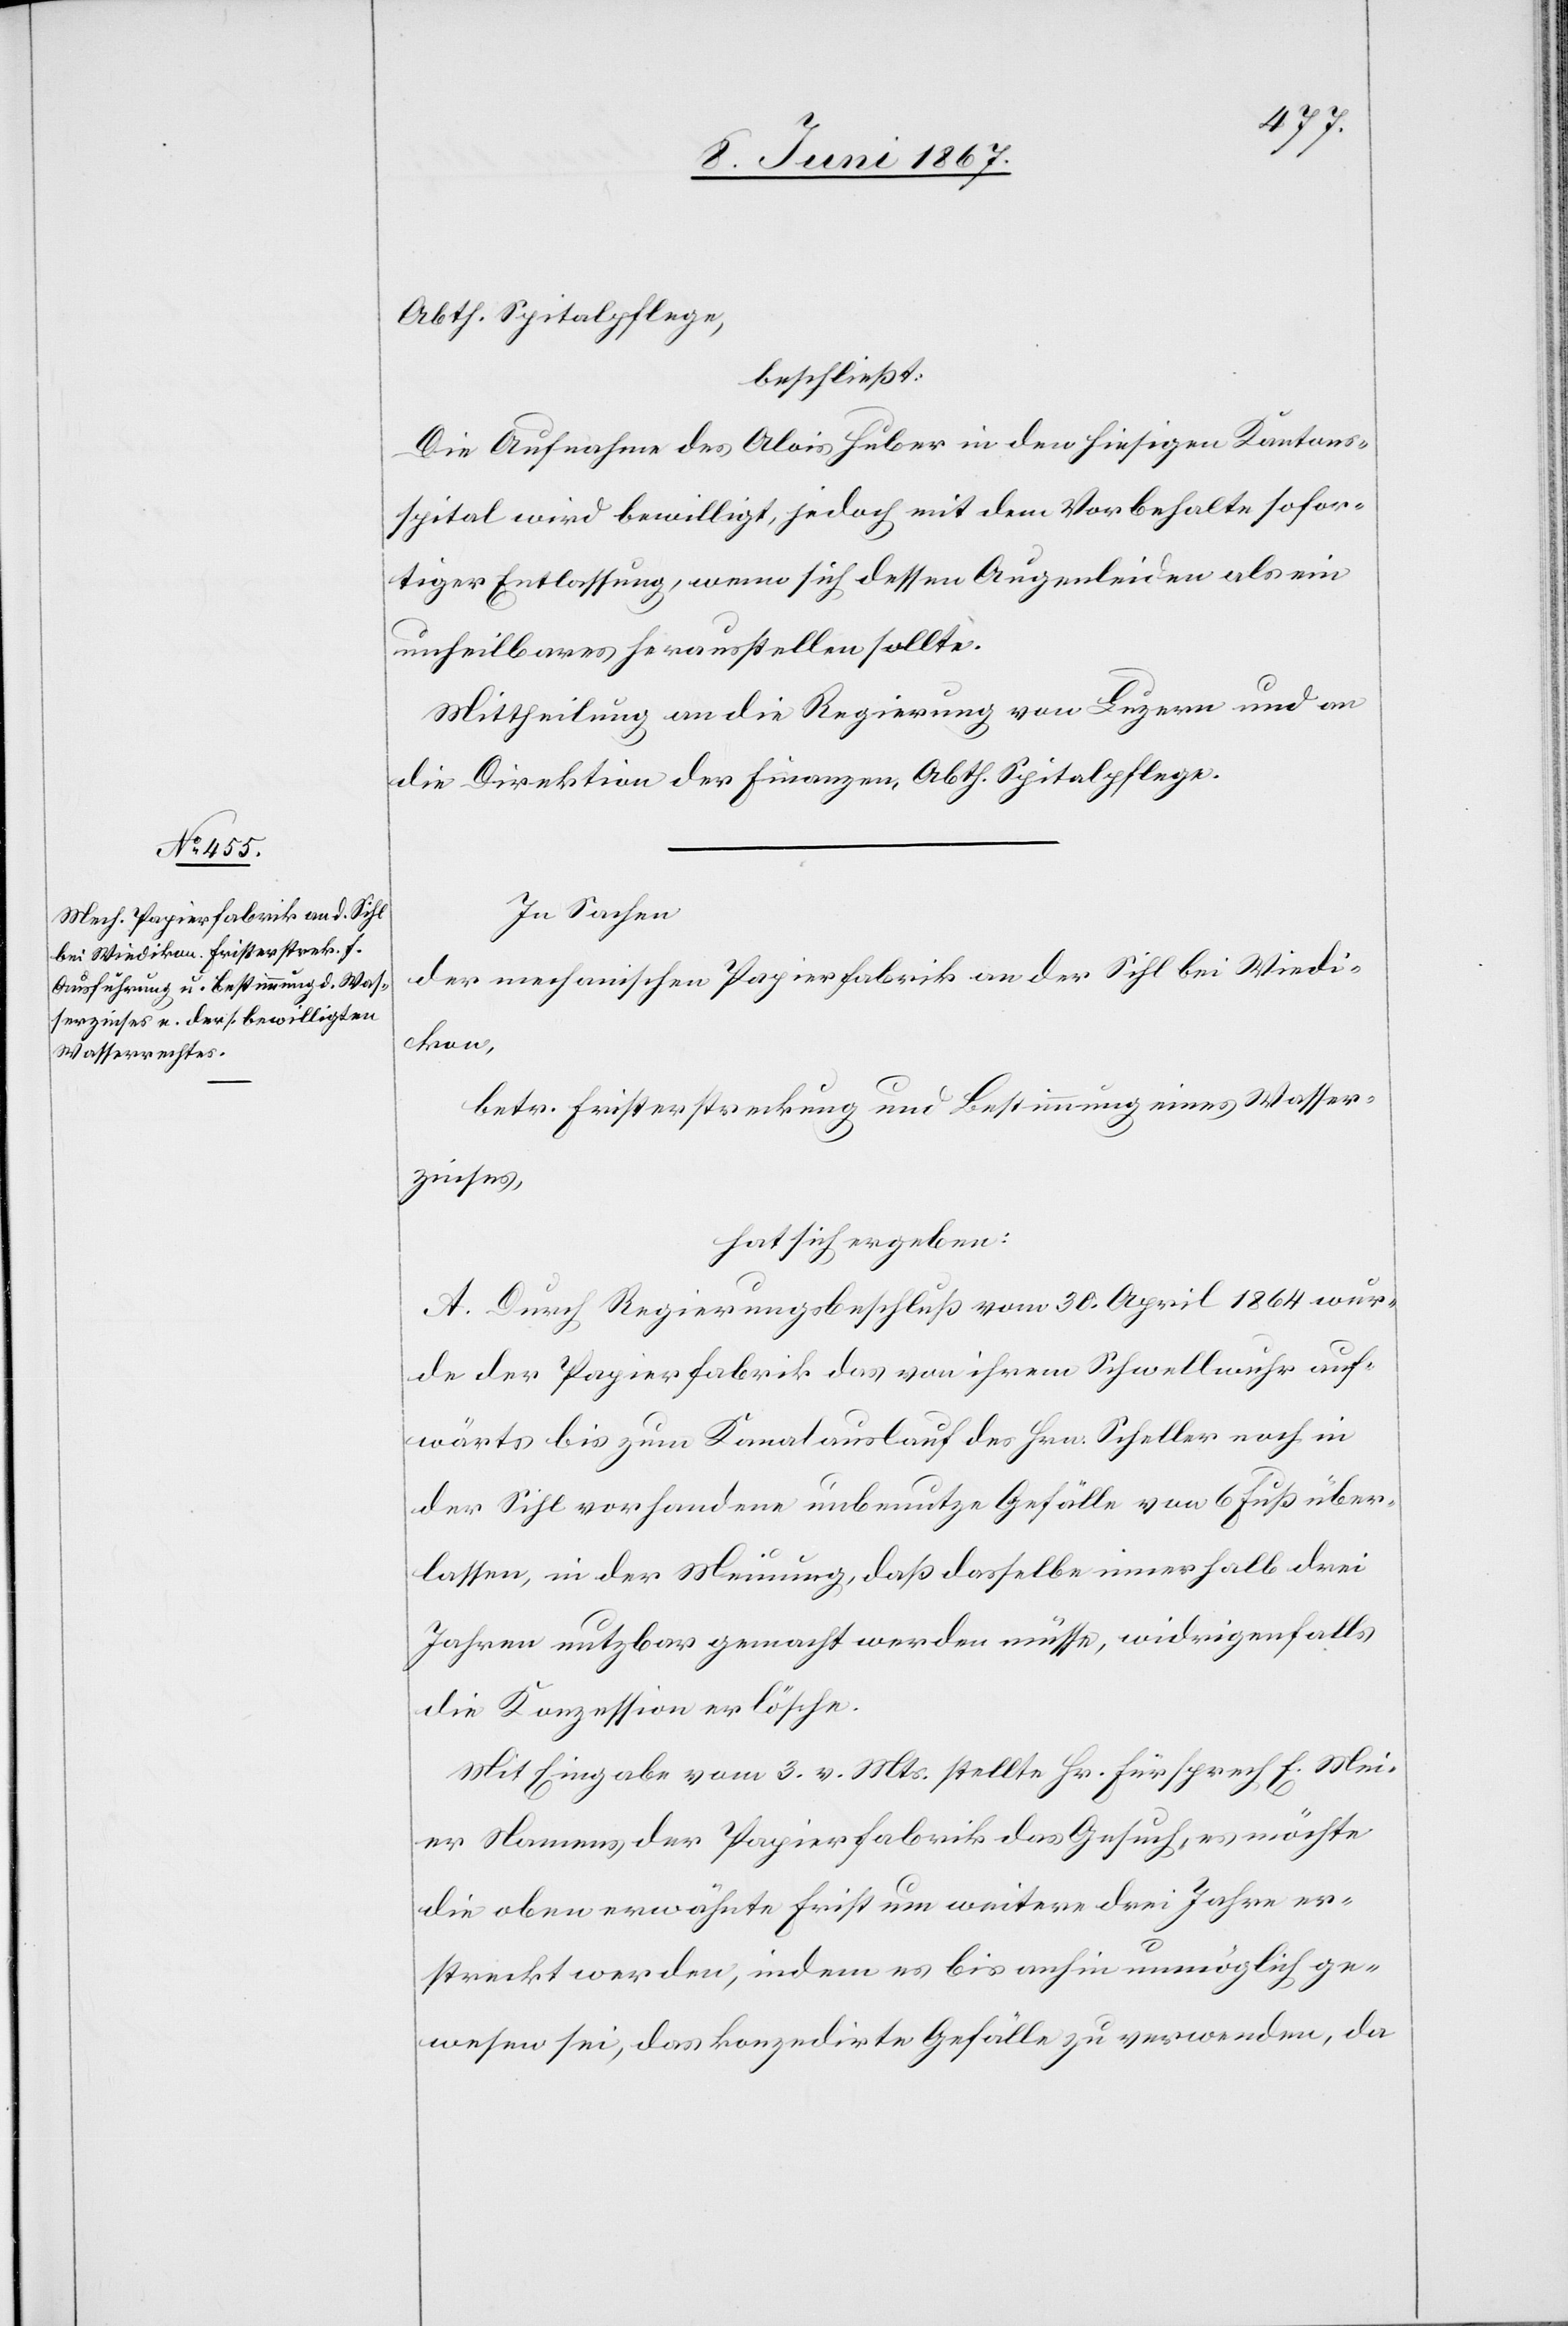
Abth. Spitalpflege,
beschließt:
Die Aufnahme des Alois [sic!] Huber in den hiesigen Kantons¬
spital wird bewilligt, jedoch mit dem Vorbehalte sofor¬
tiger Entlassung, wenn sich dessen Augenleiden als ein
unheilbares herausstellen sollte.
Mittheilung an die Regierung von Luzern und an
die Direktion der Finanzen, Abth. Spitalpflege.
In Sachen
der mechanischen Papierfabrik an der Sihl bei Wiedi¬
kon,
betr. Fristerstreckung und Bestimmung eines Wasser¬
zinses,
hat sich ergeben:
A. Durch Regierungsbeschluß vom 30. April 1864 wur¬
de der Papierfabrik das von ihrem Schwellwuhr auf¬
wärts bis zum Kanalauslauf des Hrn. Scheller nach in
der Sihl vorhandene unbenutz[t]e Gefälle von 6 Fuß über¬
lassen, in der Meinung, daß dasselbe innerhalb drei
Jahren nutzbar gemacht werden müsse, widrigenfalls
die Konzession erlösche.
Mit Eingabe vom 3. v. Mts. stellte Hr. Fürsprech E. Mei¬
er Namens der Papierfabrik das Gesuch, es möchte
die oben erwähnte Frist um weitere drei Jahre er¬
streckt werden, indem es bis anhin unmöglich ge¬
wesen sei, das konzedirte Gefälle zu verwenden, da